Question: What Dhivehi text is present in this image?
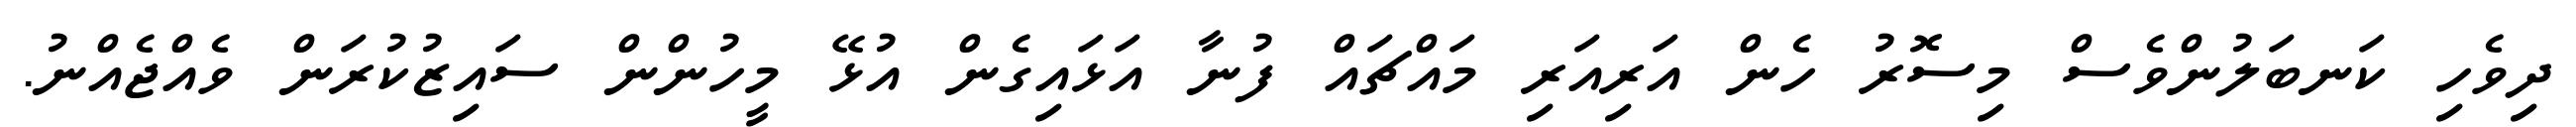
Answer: ދިވެހި ކަނބަލުންވެސް މިސޮރު ހެން އަރިއަރި މައްޗައް ފުނާ އަޅައިގެން އުޅޭ މީހުންން ސައިޒުކުރަން ވެއްޖެއްނު.